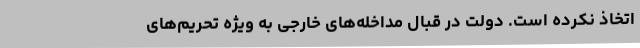
اتخاذ نکرده است. دولت در قبال مداخله‌های خارجی به ویژه تحریم‌های